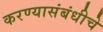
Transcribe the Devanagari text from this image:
करण्यासंबंधीचे